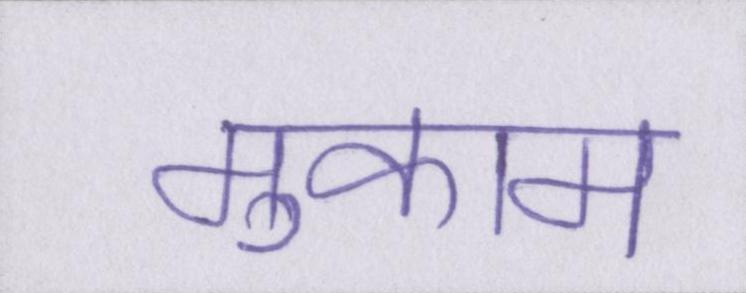
मुकाम